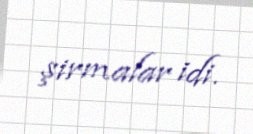
şirmalar idi.